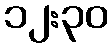
၁၂:၃၀